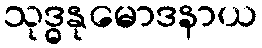
သုဒ္ဓနုမောဒနာယ